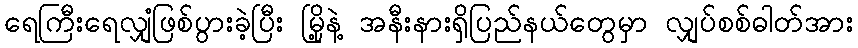
ရေကြီးရေလျှံဖြစ်ပွားခဲ့ပြီး မြို့နဲ့ အနီးနားရှိပြည်နယ်တွေမှာ လျှပ်စစ်ဓါတ်အား